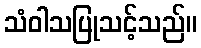
သံဝါသပြုသင့်သည်။